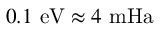
0 . 1 \ \mathrm { e V } \approx 4 \ \mathrm { m H a }